Civil Veterinary Department. Madras. Admin. report 1926-33 - 1926-1933
Year: 1926
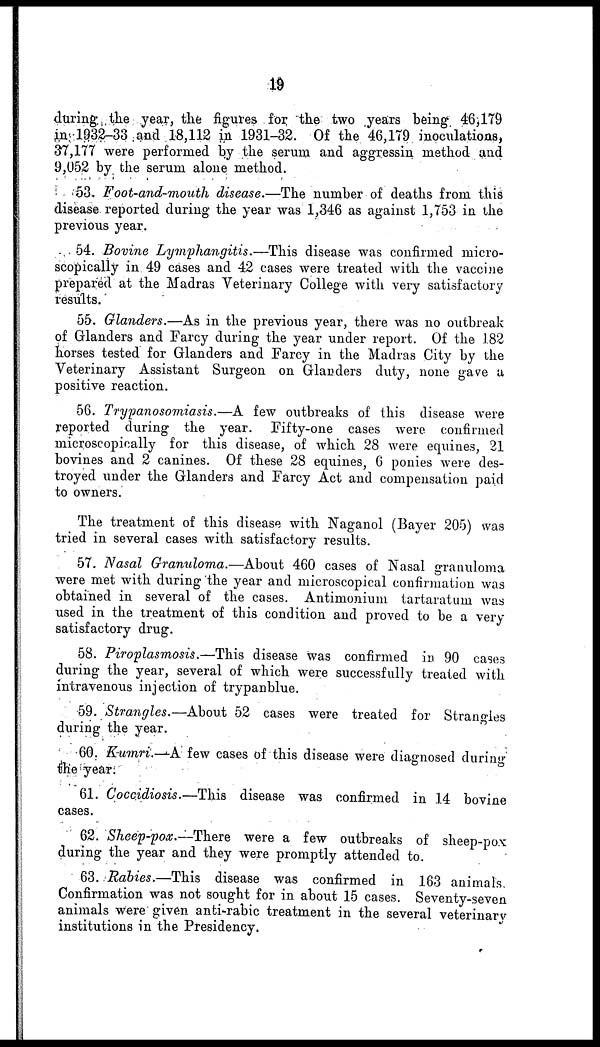
19
during the year, the figures for the two years being 46,179
in 1932-33 and 18,112 in 1931-32. Of the 46,179 inoculations,
37,177 were performed by the serum and aggressin method and
9,052 by the serum alone method.
53. Foot-and-mouth disease.—The number of deaths from this
disease reported during the year was 1,346 as against 1,753 in the
previous year.
54. Bovine Lymphangitis.—This disease was confirmed micro-
scopically in 49 cases and 42 cases were treated with the vaccine
prepared at the Madras Veterinary College with very satisfactory
results.
55. Glanders.—As in the previous year, there was no outbreak
of Glanders and Farcy during the year under report. Of the 182
horses tested for Glanders and Farcy in the Madras City by the
Veterinary Assistant Surgeon on Glanders duty, none gave a
positive reaction.
56. Trypanosomiasis.—A few outbreaks of this disease were
reported during the year. Fifty-one cases were confirmed
microscopically for this disease, of which 28 were equines, 21
bovines and 2 canines. Of these 28 equines, 6 ponies were des-
troyed under the Glanders and Farcy Act and compensation paid
to owners.
The treatment of this disease with Naganol (Bayer 205) was
tried in several cases with satisfactory results.
57. Nasal Granuloma.—About 460 cases of Nasal granuloma
were met with during the year and microscopical confirmation was
obtained in several of the cases. Antimonium tartaratum was
used in the treatment of this condition and proved to be a very
satisfactory drug.
58. Piroplasmosis.—This disease was confirmed in 90 case3
during the year, several of which were successfully treated with
intravenous injection of trypanblue.
59. Strangles.—About 52 cases were treated for Strangles
during the year.
60. Kumri.—A few cases of this disease were diagnosed during
the year.
61. Coccidiosis.—This disease was confirmed in 14 bovine
cases.
62. Sheep-pox.—There were a few outbreaks of sheep-pox
during the year and they were promptly attended to.
63. Rabies.—This disease was confirmed in 163 animals.
Confirmation was not sought for in about 15 cases. Seventy-seven
animals were given anti-rabic treatment in the several veterinary
institutions in the Presidency.